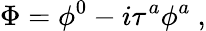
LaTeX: \Phi=\phi^{0}-i\tau^{a}\phi^{a}~,